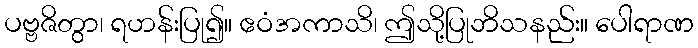
ပဗ္ဗဇိတွာ၊ ရဟန်းပြု၍။ ဧဝံအကာသိ၊ ဤသို့ပြုဘိသနည်း။ ပေါရာဏ